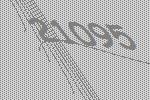
21095